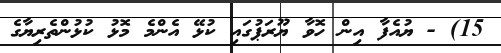
15) - ޔުއެފާ އިން ހޮވާ ޔޫރަޕުގައި ކުޅޭ އެންމެ މޮޅު ކުޅުންތެރިޔާގެ